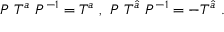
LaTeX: P ~ T ^ { a } ~ P ^ { - 1 } = T ^ { a } ~ , ~ P ~ T ^ { \hat { a } } ~ P ^ { - 1 } = - T ^ { \hat { a } } ~ . ~ \,